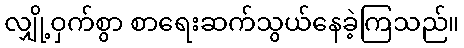
လျှို့ဝှက်စွာ စာရေးဆက်သွယ်နေခဲ့ကြသည်။